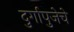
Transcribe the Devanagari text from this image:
दुर्गापुजेचे